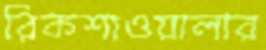
রিকশাওয়ালার